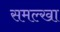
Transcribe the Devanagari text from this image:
समल्खा